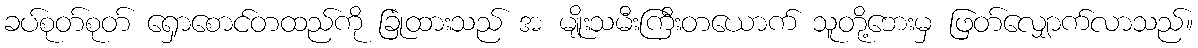
ခပ်စုတ်စုတ် ရှောစောင်တထည်ကို ခြုံထားသည် အ မျိုးသမီးကြီးတယောက် သူတို့ဘေးမှ ဖြတ်လျှောက်လာသည်။